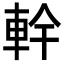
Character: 龫